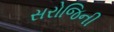
સરોજિની